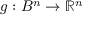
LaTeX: g : B ^ { n } \to \mathbb { R } ^ { n }